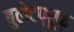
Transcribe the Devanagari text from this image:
बुलेटप्रूफ़